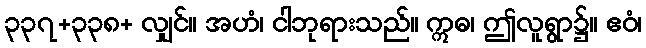
၃၃၇+၃၃၈+ လျှင်။ အဟံ၊ ငါဘုရားသည်။ ဣဓ၊ ဤလူရွာ၌။ ဧဝံ၊